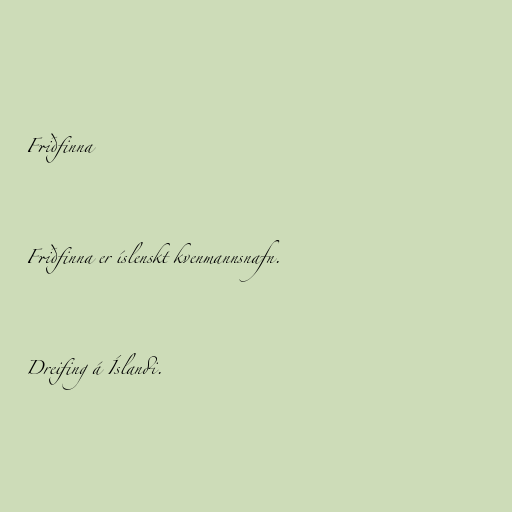
Friðfinna

Friðfinna er íslenskt kvenmannsnafn.

Dreifing á Íslandi.